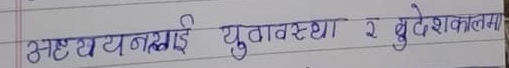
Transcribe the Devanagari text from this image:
अस्ट्यनस्लाई युवावस्था र बुढेसकालमा